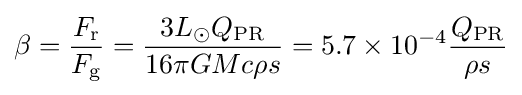
\beta ={F_{\rm {r}} \over F_{\rm {g}}}={3L_{\odot }Q_{\rm {PR}} \over {16\pi GMc\rho s}}=5.7\times 10^{-4}{Q_{\rm {PR}} \over {\rho s}}